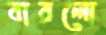
বারলো